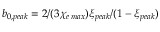
b _ { 0 , p e a k } = 2 / ( 3 \chi _ { e \, m a x } ) \xi _ { p e a k } / ( 1 - \xi _ { p e a k } )